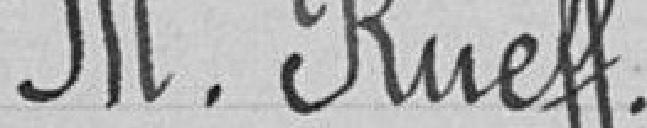
M. Rueff